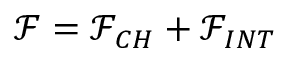
\mathcal { F } = \mathcal { F } _ { C H } + \mathcal { F } _ { I N T }